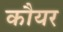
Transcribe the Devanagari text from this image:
कौयर